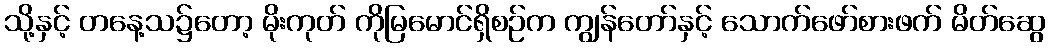
သို့နှင့် တနေ့သ၌တော့ မိုးကုတ် ကိုမြမောင်ရှိစဉ်က ကျွန်တော်နှင့် သောက်ဖော်စားဖက် မိတ်ဆွေ